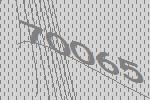
70065